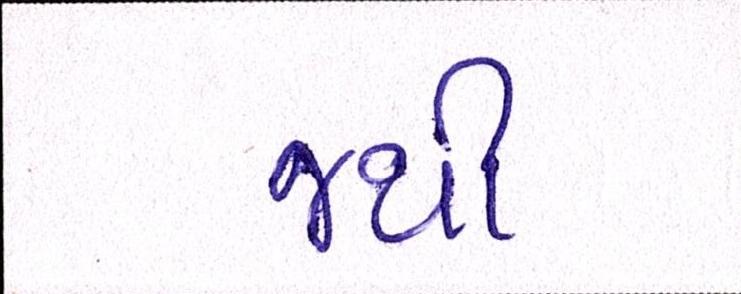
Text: જથી